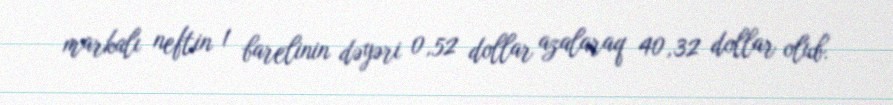
markalı neftin 1 barelinin dəyəri 0,52 dollar azalaraq 40,32 dollar olub.